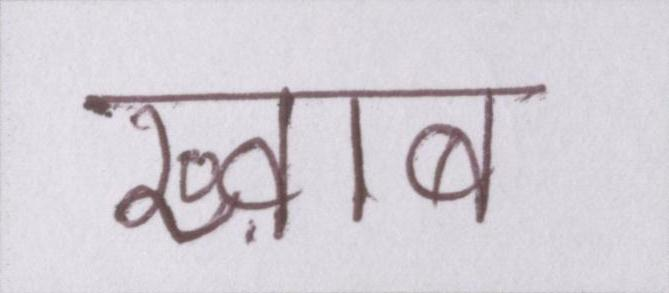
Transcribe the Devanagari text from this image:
ख्व़ाब